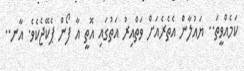
ކަމެއްވީތަ.. ޔައުލާން އެތެރެއަށް ވަތްއިރު އަތުގައި އޮތީ އާ ފޯން ޕެކޭޖެކެވެ. އާނ..